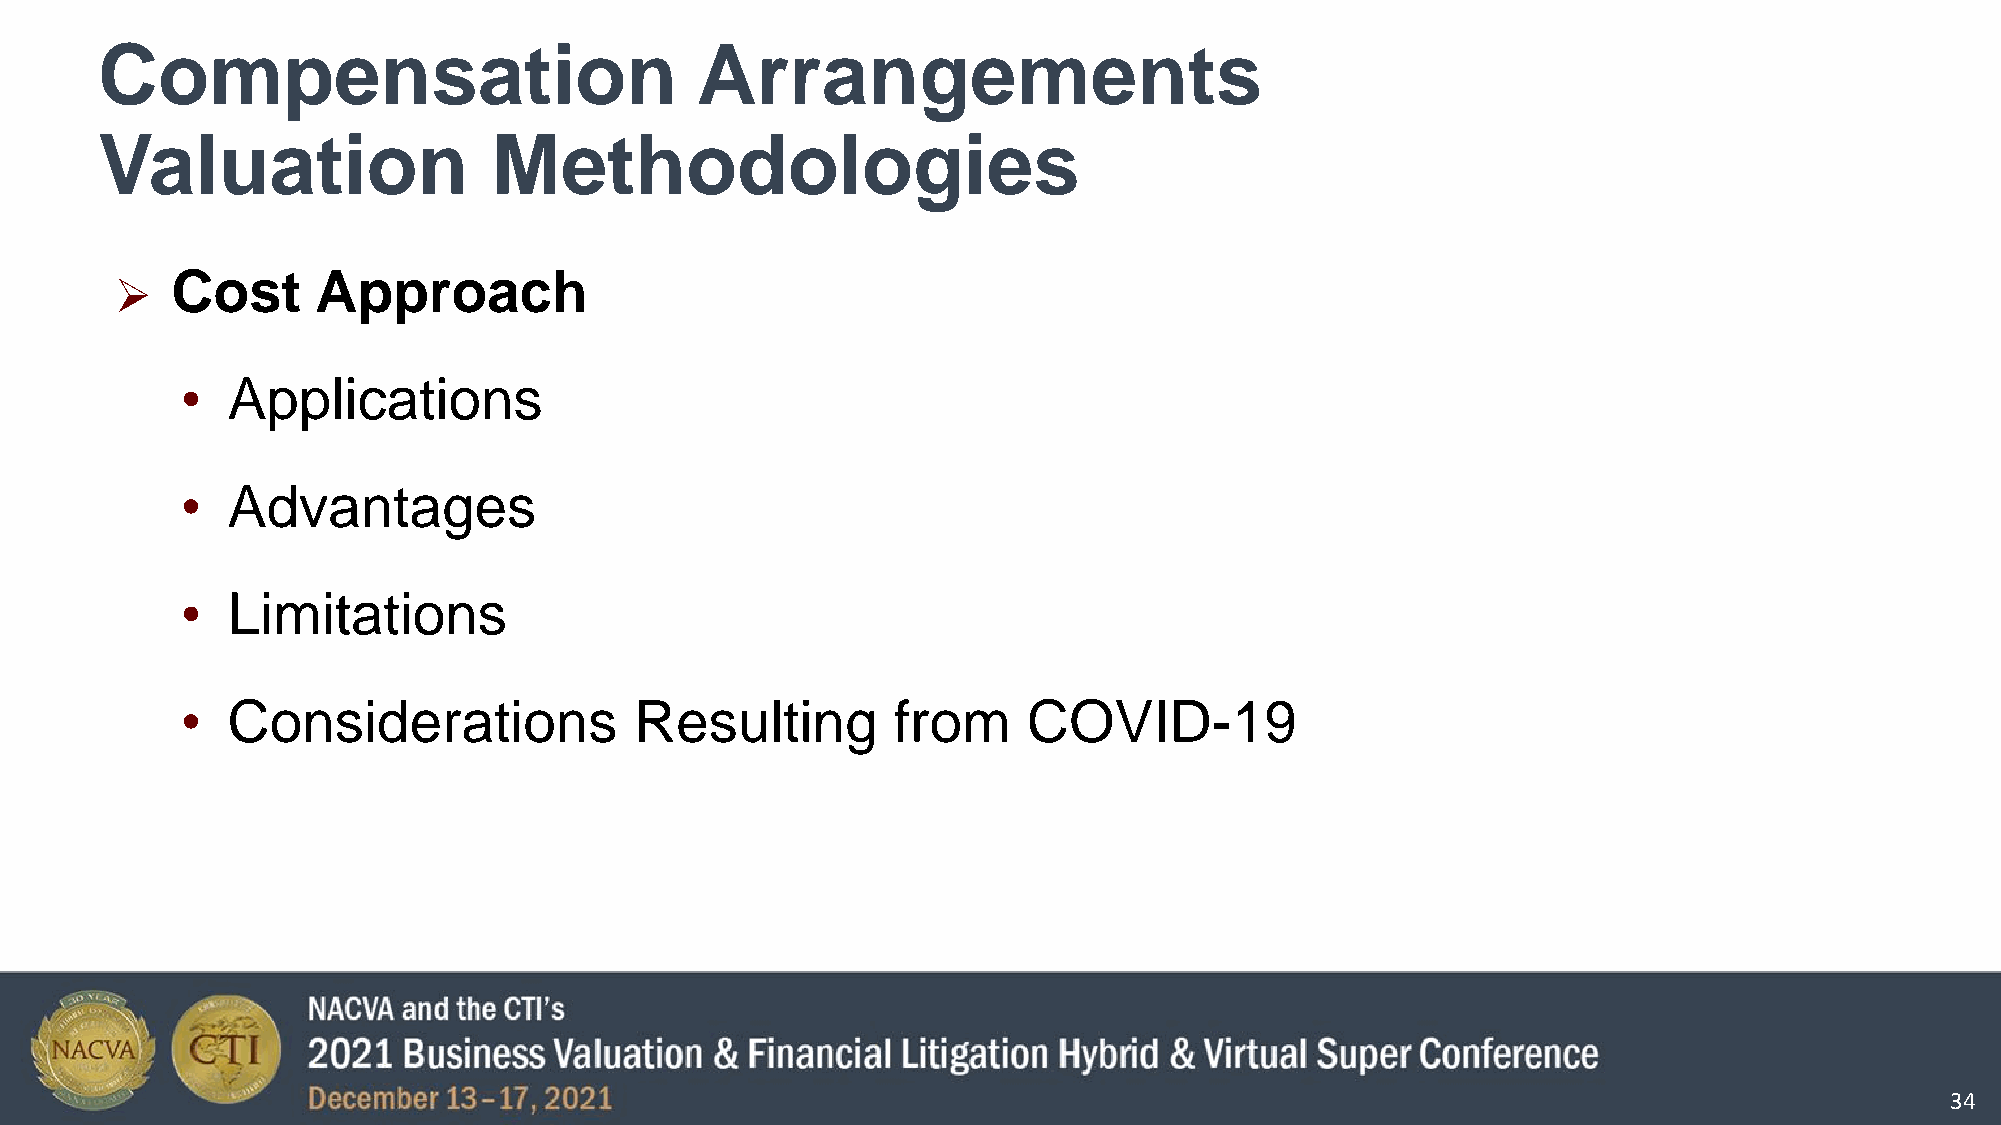
Compensation                            Arrangements
 Valuation                  Methodologies
 Cost      Approach
 
 •  Applications
 •  Advantages
 •  Limitations
 •  Considerations             Resulting        from     COVID-19
 34